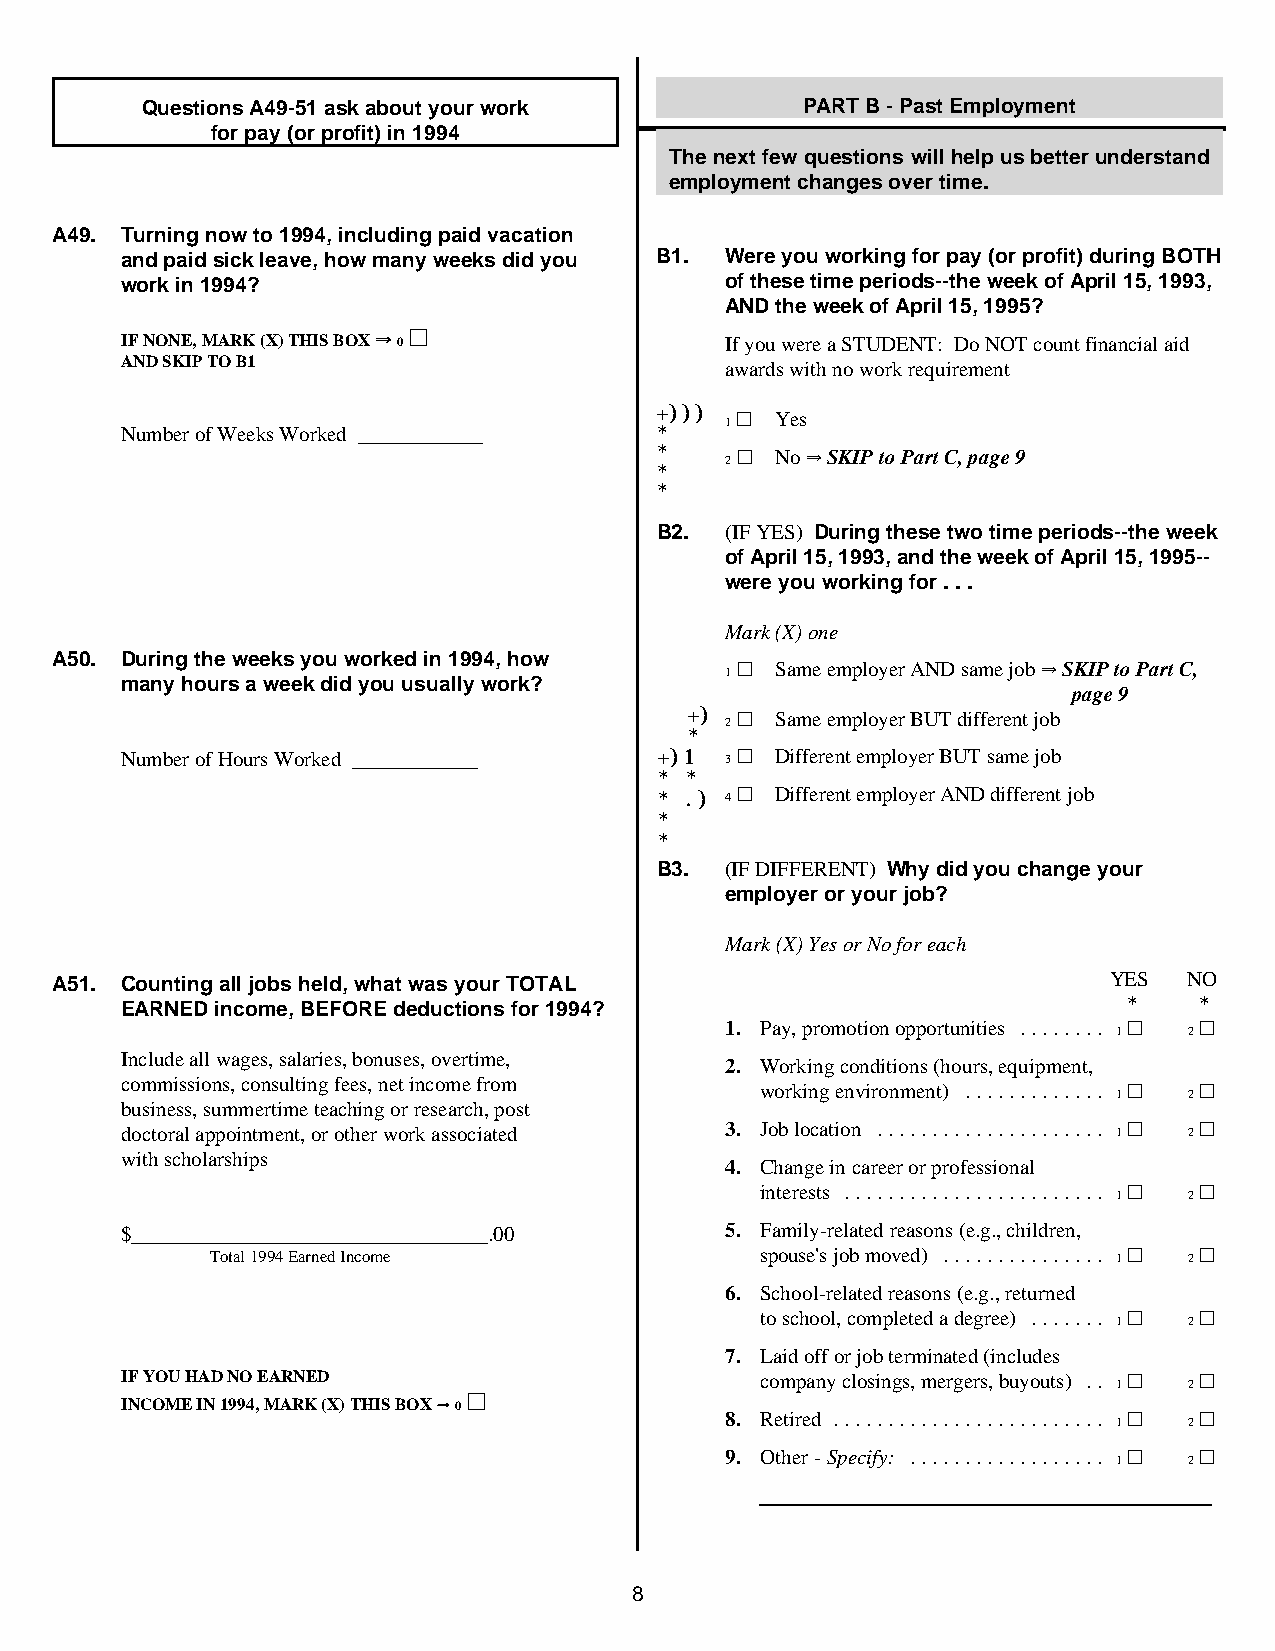
Questions A49-51 ask about your work        PART B - Past Employment
 for pay (or profit) in 1994
 The next few questions will help us better understand
 employment changes over time.
 A49. Turning now to 1994, including paid vacation
 and paid sick leave, how many weeks did you B1. Were you working for pay (or profit) during BOTH
 work in 1994?                           of these time periods--the week of April 15, 1993,
 AND the week of April 15, 1995?
 IF NONE, MARK (X) THIS BOX YY 0 ~~      If you were a STUDENT: Do NOT count financial aid
 AND SKIP TO B1                          awards with no work requirement
 +))) 1 ~ Yes
 Number of Weeks Worked ____________ *
 *    2 ~ No YY SKIP to Part C, page 9
 *
 *?
 B2.  (IF YES) During these two time periods--the week
 of April 15, 1993, and the week of April 15, 1995--
 were you working for . . .
 Mark (X) one
 A50. During the weeks you worked in 1994, how
 1 ~ Same employer AND same job Y SKIP to Part C,
 many hours a week did you usually work?
 page 9
 +) 2 ~ Same employer BUT different job
 *
 Number of Hours Worked ____________ +)1 3 ~ Different employer BUT same job
 * *
 * .) 4 ~ Different employer AND different job
 *
 *?
 B3.  (IF DIFFERENT) Why did you change your
 employer or your job?
 Mark (X) Yes or No for each
 A51. Counting all jobs held, what was your TOTAL                      YES   NO
 EARNED income, BEFORE deductions for 1994?                         * ? * ?
 1. Pay, promotion opportunities ........ 1 ~ 2 ~
 Include all wages, salaries, bonuses, overtime,
 2. Working conditions (hours, equipment,
 commissions, consulting fees, net income from
 working environment) ............. 1 ~ 2 ~
 business, summertime teaching or research, post
 doctoral appointment, or other work associated 3. Job location ..................... 1 ~ 2 ~
 with scholarships
 4. Change in career or professional
 interests ........................ 1 ~ 2 ~
 $__________________________________.00  5. Family-related reasons (e.g., children,
 Total 1994 Earned Income            spouse's job moved) ............... 1 ~ 2 ~
 6. School-related reasons (e.g., returned
 to school, completed a degree) ....... 1 ~ 2 ~
 7. Laid off or job terminated (includes
 IF YOU HAD NO EARNED                      company closings, mergers, buyouts) .. 1 ~ 2 ~
 INCOME IN 1994, MARK (X) THIS BOX YY 0 ~~
 8. Retired ......................... 1 ~ 2 ~
 9. Other - Specify: .................. 1 ~ 2 ~
 8